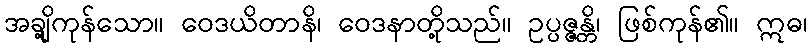
အချို့ကုန်သော။ ဝေဒယိတာနိ၊ ဝေဒနာတို့သည်။ ဥပ္ပဇ္ဇန္တိ၊ ဖြစ်ကုန်၏။ ဣဓ၊